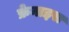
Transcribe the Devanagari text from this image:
फ्रेनाइस